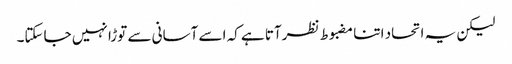
لیکن یہ اتحاد اتنا مضبوط نظرآتا ہے کہ اسے آسانی سے توڑا نہیں جاسکتا۔